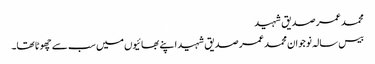
محمد عمر صدیق شہید
بیس سالہ نوجوان محمد عمر صدیق شہید اپنے بھائیوں میں سب سے چھوٹا تھا۔